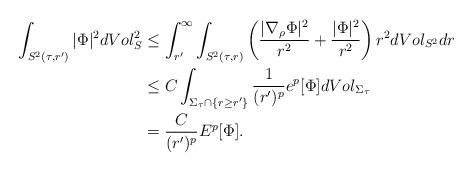
LaTeX: \begin{align*}\int_{S^2(\tau,r')} |\Phi|^2 dVol_S^2&\leq \int_{r'}^\infty \int_{S^2(\tau,r)} \left(\frac{|\nabla_\rho \Phi|^2}{r^2}+\frac{|\Phi|^2}{r^2}\right)r^2dVol_{S^2} dr\\&\leq C\int_{\Sigma_\tau\cap\{r\geq r'\}} \frac{1}{(r')^p} e^p[\Phi]dVol_{\Sigma_\tau}\\&=\frac{C}{(r')^p} E^p[\Phi].\end{align*}